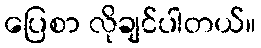
ပြေစာ လိုချင်ပါတယ်။